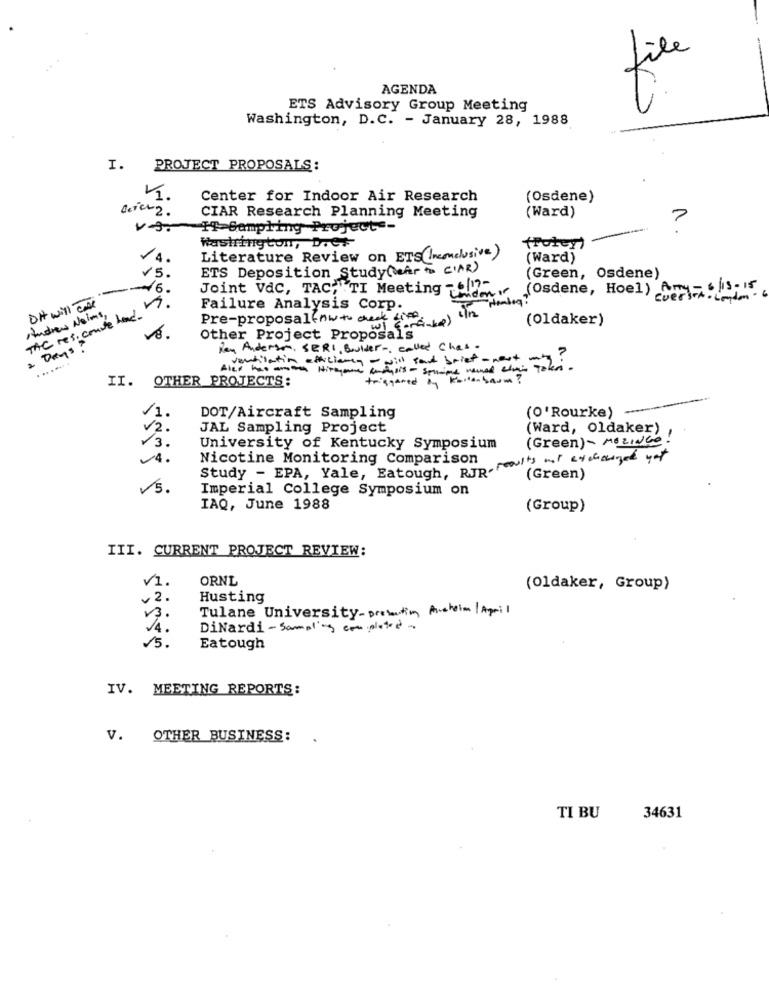
file
AGENDA
ETS Advisory Group Meeting
Washington, D.C. - January 28, 1988
I. PROJECT PROPOSALS:
Center for Indoor Air Research
(Osdene)
CIAR Research Planning Meeting
(Ward)
v3.
IT Sampling Project-
7
wastringtom, Dret
4.
Literature Review on ETS(Inconclusive)
(Ward)
ETS Deposition Study(eher to C'AR)
V 5 .
(Green, Osdene)
DH will Ty -6.
Joint VAC, TAC, "TI Meeting -17-
(Osdene, Hoel) Amy - 6/13-15
THC res. couve lad. .
cuersrt . London
Andrew Holms,
Failure Analysis Corp.
Pre-proposal(nwt check if
(Oldaker)
Other Project Proposals
2 Days!
Ray Anderson, SERI, Boulder, called Chas.
........
maman Hirmane wrohis - semine nemed alimi Tol
will soud brief - nost my ?
II. OTHER PROJECTS:
triggered on Boiten baum ?
1.
(O'Rourke)
DOT/Aircraft Sampling
v2.
JAL Sampling Project
(Ward, oldaker)
13.
(Green)- MezINGO !
University of Kentucky Symposium
4.
Study - EPA, Yale, Eatough, RJR. +changed net
Nicotine Monitoring Comparison
(Green)
5.
Imperial College Symposium on
IAQ, June 1988
(Group)
III. CURRENT PROJECT REVIEW:
V1.
ORNL
(Oldaker, Group)
2.
Husting
Tulane University-protection Ausheim|April
V3.
DiNardi - Sampling completed-
15 .
Eatough
IV. MEETING REPORTS:
V. OTHER BUSINESS:
TI BU
34631